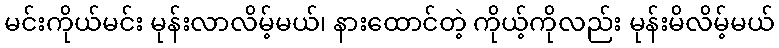
မင်းကိုယ်မင်း မုန်းလာလိမ့်မယ်၊ နားထောင်တဲ့ ကိုယ့်ကိုလည်း မုန်းမိလိမ့်မယ်